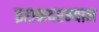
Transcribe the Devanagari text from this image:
इराकदरम्यान